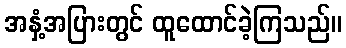
အနှံ့အပြားတွင် ထူထောင်ခဲ့ကြသည်။